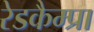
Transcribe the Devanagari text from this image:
रेडकैम्प्रा